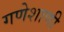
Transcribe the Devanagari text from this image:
गणेशाणी